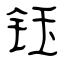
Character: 钰